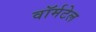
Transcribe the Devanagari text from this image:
वॉर्मटेल